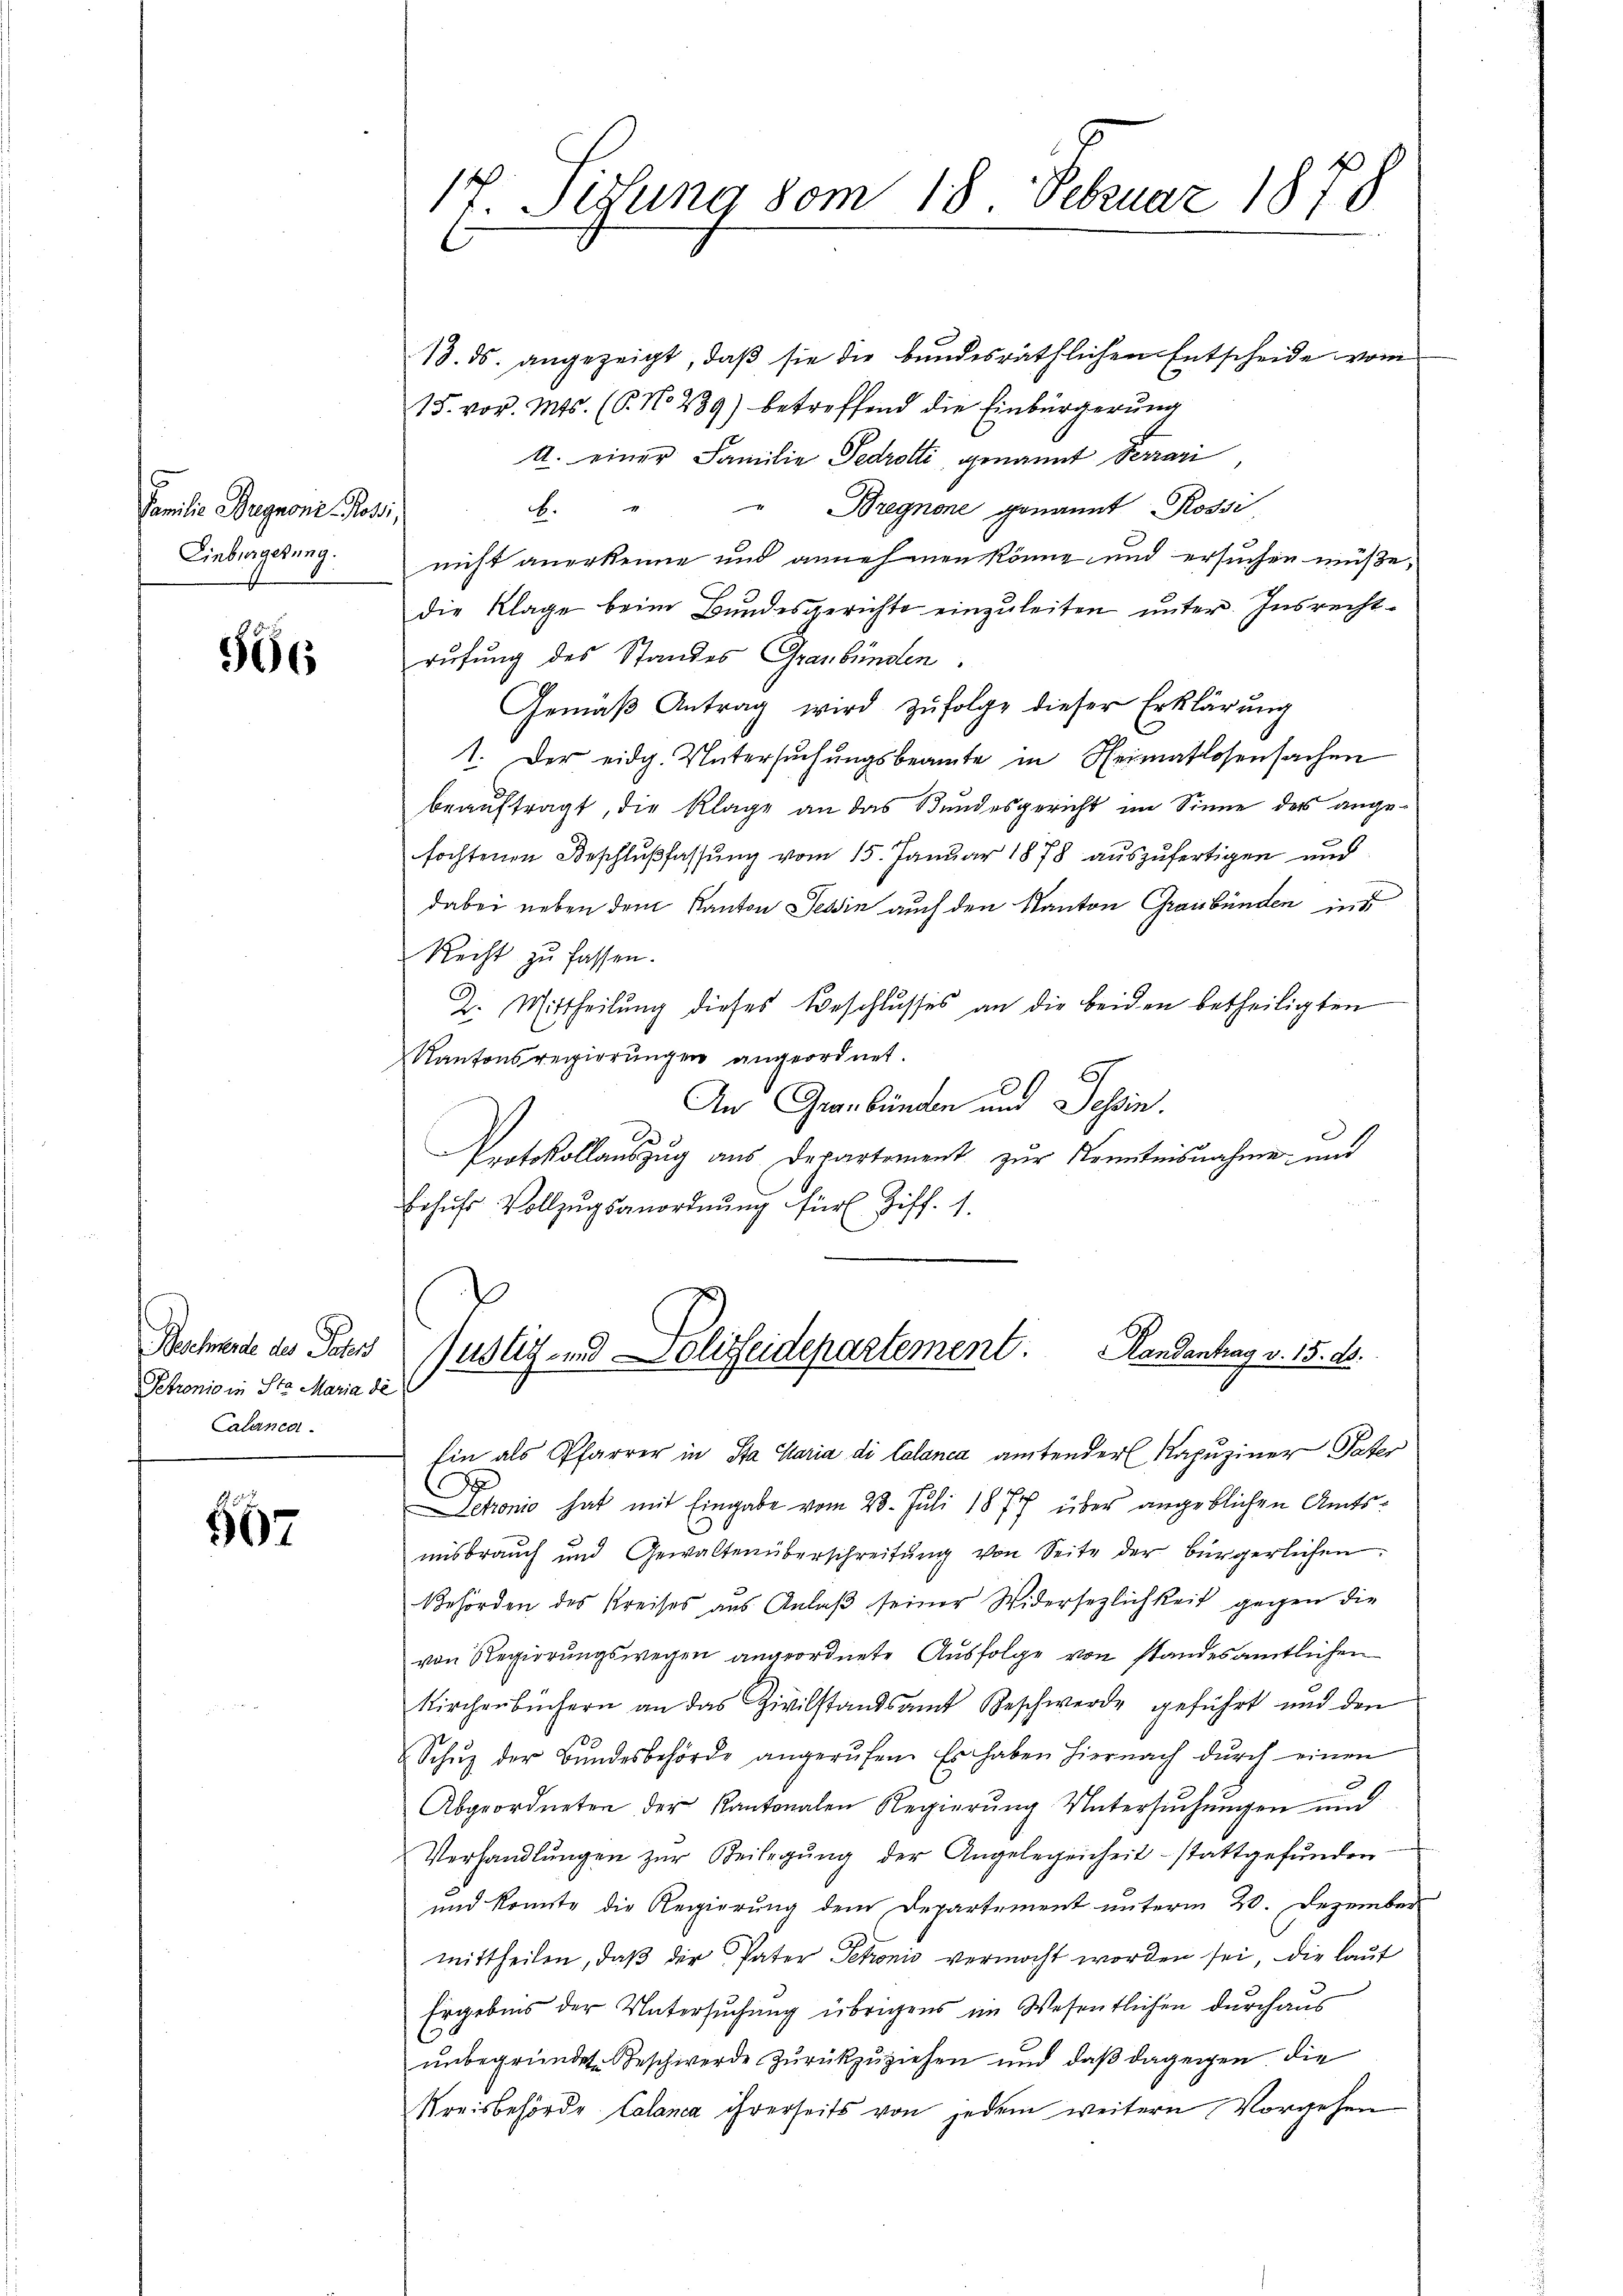
Familie Brignone Rossi,
Einbürgerung.

556

Beschwerde des Jahr
Petronio in Sta Maria de
Calanen.

507

17. Sedung vom 18 Februar 1878

13. ds. angezeigt, daß sie die bundesräthlichen Entscheide vom
15. vor. Mts. (P. No 239) betreffend die Einbürgerung
A. einer Familie Fedrotti, genannt Ferrari
b. " " Bregnone genannt Rossi
nicht anerkenne und annehmen könne und ersuchen müße,
die Klage beim Bundesgerichte einzuleiten unter. Insrechtrufung des Standes Graubünden.
Gemäβ Antrag wird zŭfolge dieser Erklärung
1. Der eidg. Untersuchungsbeamte in Heimatlosensachen
beauftragt, die Klage an das Bundesgericht im Sinne des angefochtenen Beschlußfassung vom 15. Januar 1878 auszufertigen und
dabei neben dem Kanton Tessin auch den Kanton Graubünden ins
Recht zu fassen.
2. Mittheilŭng dieses Beschlŭsses an die beiden betheiligten
Kantonsregierungen angeordnet.
An Graubünden und Tessin.
Protokollaŭszŭg aŭs Departement zŭr Kenntnisnahme und
ehufs Vollzugsanordnung für Ziff. 1.
Justiz- und Polizeidepartement. Landantrag v. 15. 15.
Ein als Pfarrer in Sta Maria di Calanca amtender Kapuziner Vater
Fetonio hat mit Eingabe vom 23. Juli 1877 über angeblichen Amtsmisbrauch und Gewaltenüberschreitŭng von Seite der bürgerlichen.
Behörden des Kreises aus Anlaß seiner Widersezlichkeit gegen die
von Regierungswegen angeordnete Ausfolge von standesamtlichen
Kirchenbüchern an das Zivilstandsamt Beschwerde geführt und den
Schŭz der Bŭndesbehörde angerŭfen. Es haben hiernach dŭrch einen
Abgeordneten der Kantonalen Regierŭng Untersŭchŭngen und
Verhandlŭngen zŭr Beilegŭng der Angelegenheit stattgefŭnden
und konnte die Regierung dem Departement unterm 20. Dezember
mittheilen, daß der Pater Petronis vermocht worden sei, die laut
Ergebnis der Untersuchung übrigens im Wesentlichen durchaus
unbegründet. Beschwerde zurückzuziehen und daß dagegen die
Kreisbehörde Calanca ihrerseits von jedem weitern Vorgehen